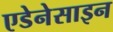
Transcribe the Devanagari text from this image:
एडेनेसाइन